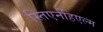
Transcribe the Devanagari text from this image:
स्तिएर्नहिएल्म